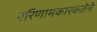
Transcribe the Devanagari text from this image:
परिणामकारकतेने